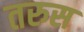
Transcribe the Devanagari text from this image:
तरुस